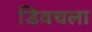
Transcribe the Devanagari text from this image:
डिवचला